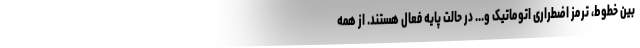
بین خطوط، ترمز اضطراری اتوماتیک و... در حالت پایه فعال هستند. از همه